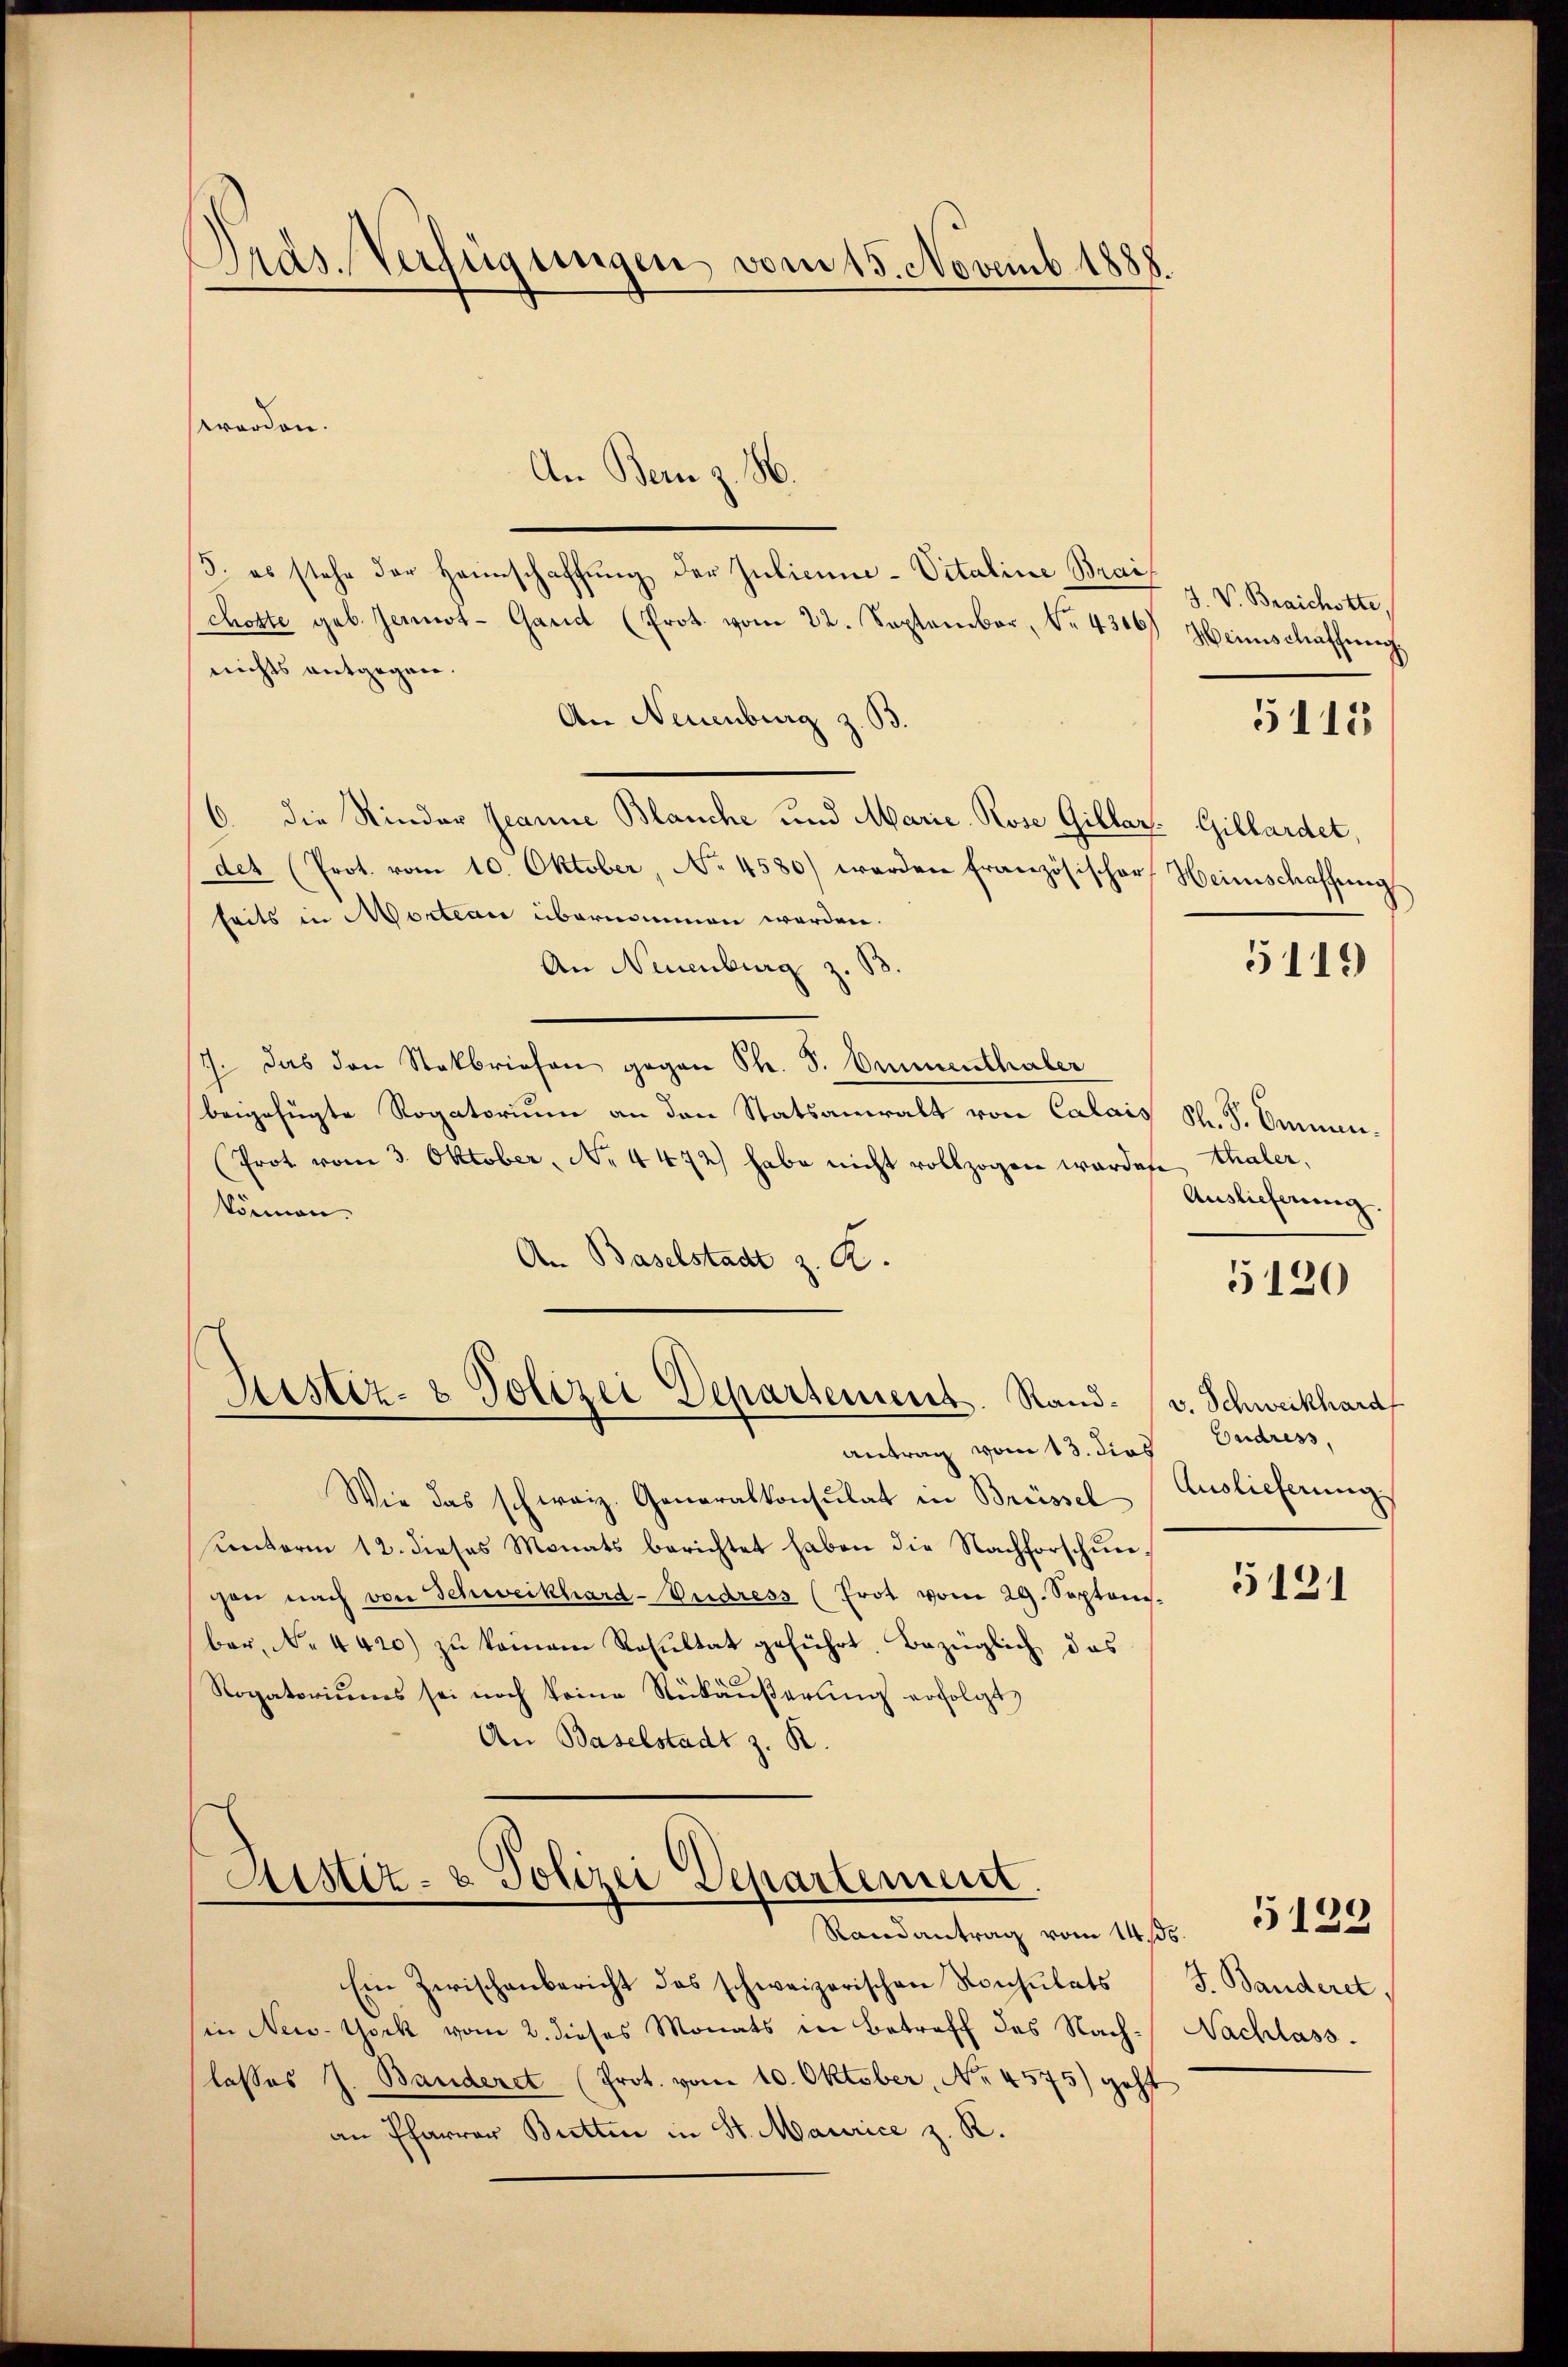
Pras. Verfügungen, vom 15. Novemb. 1888

An Bern z. B.
5. es stehe der Heimschaffŭng der Judicine-Vitaline Brai
chotte geb. Jennot-Garid (Prot. vom 22. September, No. 4316.) Heimschaffung
nichts entgegen.
An Neuenburg z. B.
6. die Rinder Jeanne Blanche und Marie. Rose Gillar- Gillardet,
det (Prot. vom 10. Oktober, No 4580) werden französischer Heimschaffung
seits in Morteau übernommen werden.
An Neuenburg z. B
7. Das den Stokbriefen gegen Ph. S. Ommenthaler
beigefügte Rogatorium an den Statsanwalt von Calais S. S. Ommen-
(Prot vom 3. Oktober, No 4472) habe nicht vollzogen wordete, Thaler,
können.
An Baselstadt z. R.
Justiz- & Polizei Departement. Sandv. Schweikhard
antrag vom 13. dies Endress,
Auslieferung
Wie das schweiz. Generalkonsulat in Brüssel
ŭnterm 12. dieses Monats berichtet haben die Nachforschŭn-
5121
gen nach von Schweikhard-Vedress (Erot vom 29. Septem-
ber, No. 4420) zu keinem Resultat geführt. Bezüglich das
Rogatoriŭms sei noch keine Rükäŭβerŭng erfolgt,
An Baselstadt z. R.
Aister- u. Polizei Departement.
Randantrag vom 14. 433
Ein Zwischenbericht des schweizerischen Konsulats J. Banderet.
(in New-York vom 2. dieses Monats in Betreff des Nach- Nachlass.
lasses J. Banderet (Prot. vom 10. Oktober, No. 4575) geht
an Pfarrer Bretten in St. Maurice z. R.

worden.

J. V. Braichotte,
5115

5119)

5120

Auslieferung